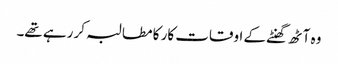
وہ آٹھ گھنٹے کے اوقات کار کا مطالبہ کر رہے تھے۔